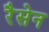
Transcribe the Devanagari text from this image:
रैसेन